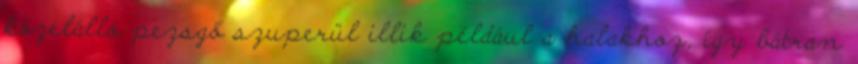
közelálló pezsgő szuperül illik például a halakhoz, így bátran